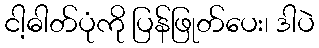
ငါ့ဓါတ်ပုံကို ပြန်ဖြုတ်ပေး၊ ဒါပဲ